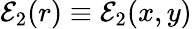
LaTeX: \mathcal{E}_{2}(r)\equiv\mathcal{E}_{2}(x,y)